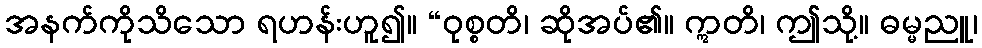
အနက်ကိုသိသော ရဟန်းဟူ၍။ “ဝုစ္စတိ၊ ဆိုအပ်၏။ ဣတိ၊ ဤသို့။ ဓမ္မညူ၊